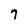
Character: 7